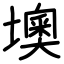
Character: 墺